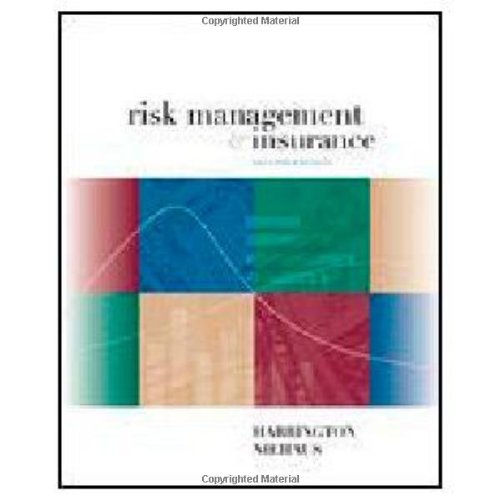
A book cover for Risk Management and Insurance; Scott Harrington; Business & Money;